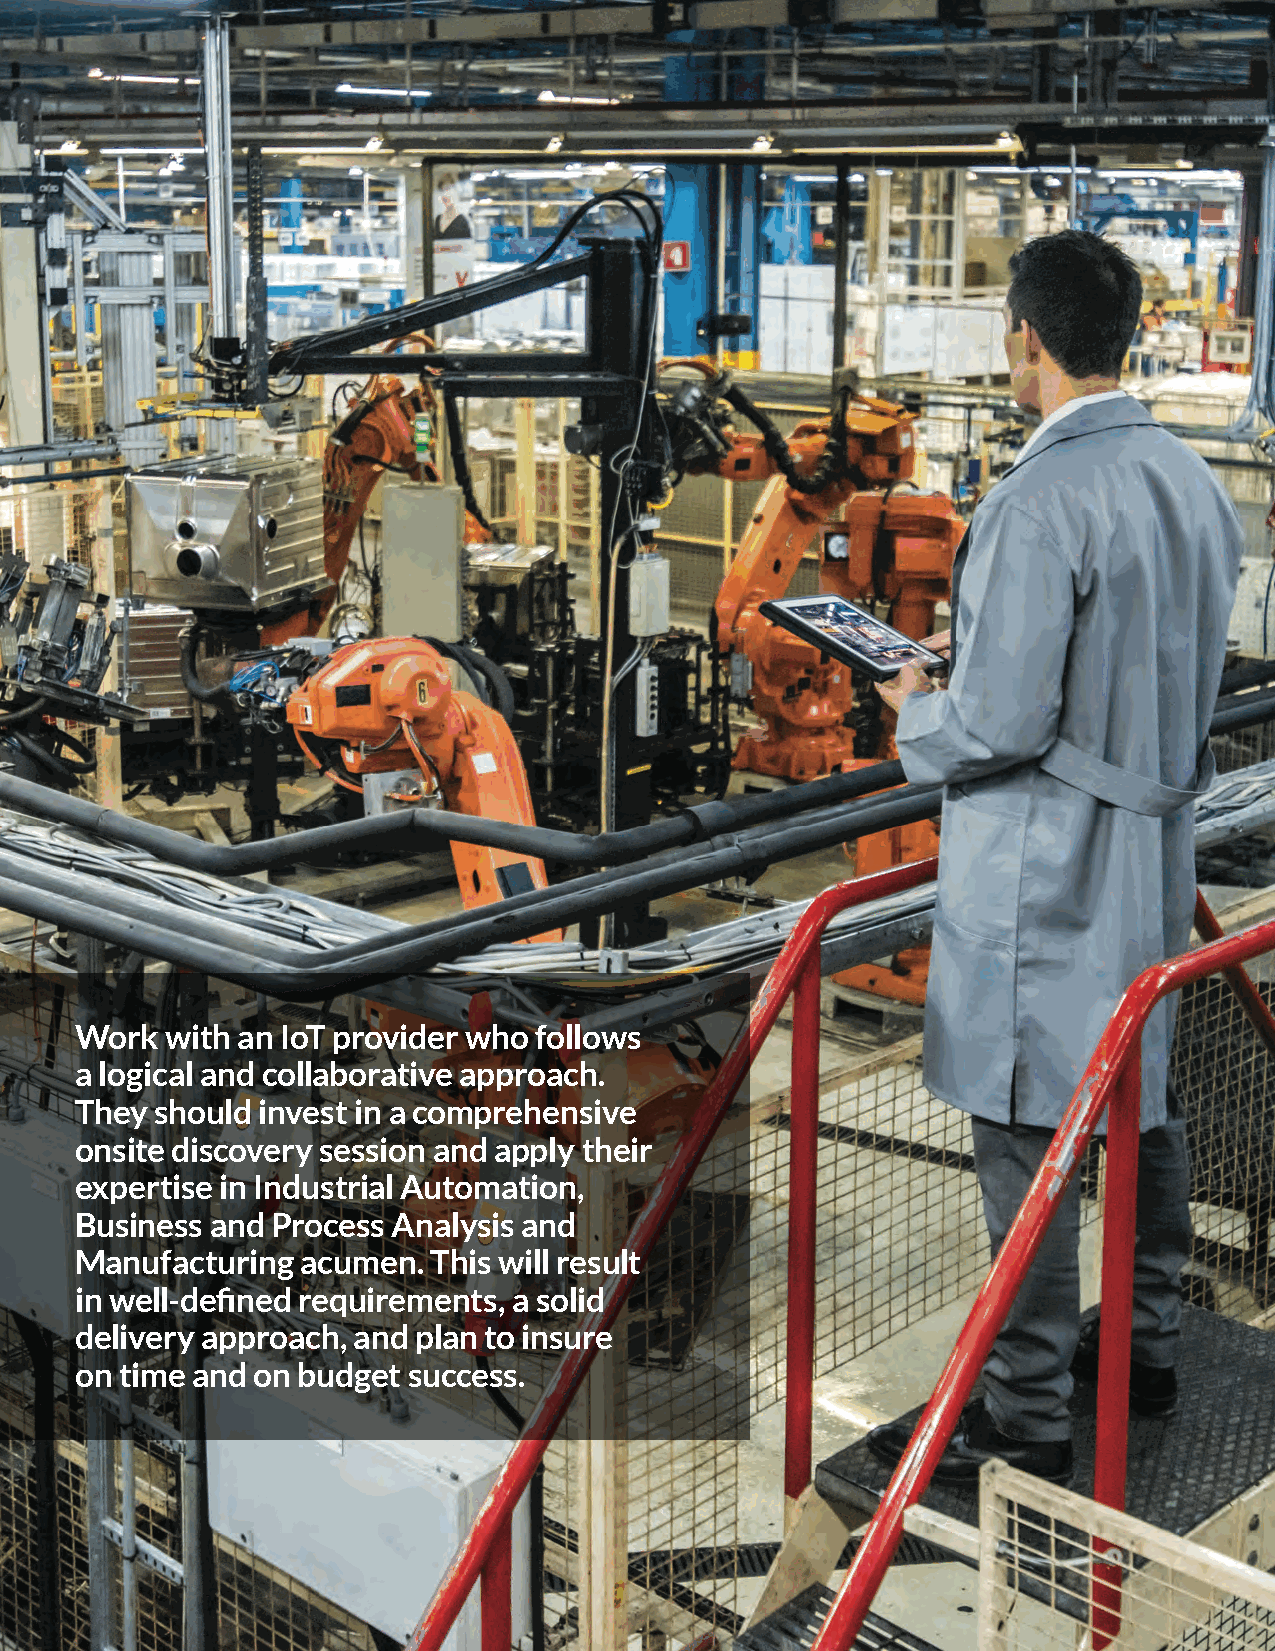
Work  with an IoT provider who follows
 a logical and collaborative approach.
 They should invest in a comprehensive
 onsite discovery session and apply their
 expertise in Industrial Automation,
 Business and Process Analysis and
 Manufacturing  acumen.  This will result
 in well-defined requirements, a solid
 delivery approach, and plan to insure
 on time and on budget success.